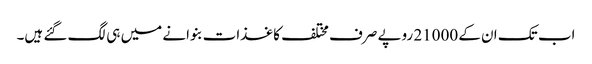
اب تک ان کے 21000 روپے صرف مختلف کاغذات بنوانے میں ہی لگ گئے ہیں۔